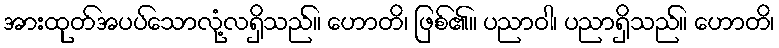
အားထုတ်အပပ်သောလုံ့လရှိသည်။ ဟောတိ၊ ဖြစ်၏။ ပညာဝါ၊ ပညာရှိသည်။ ဟောတိ၊